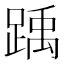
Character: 踽